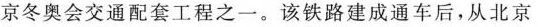
京冬奥会交通配套工程之一。该铁路建成通车后，从北京